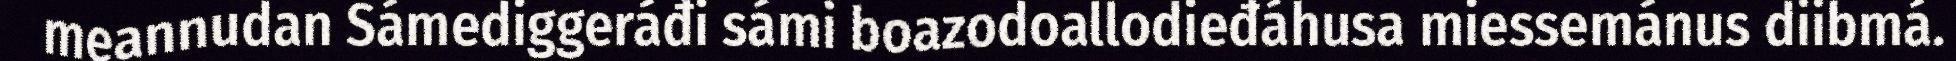
meannudan Sámediggeráđi sámi boazodoallodieđáhusa miessemánus diibmá.